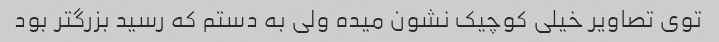
توی تصاویر خیلی کوچیک نشون میده ولی به دستم که رسید بزرگتر بود